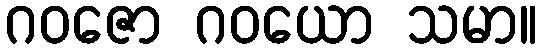
ဂဝဇော ဂဝယော သမာ။